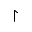
\upharpoonright